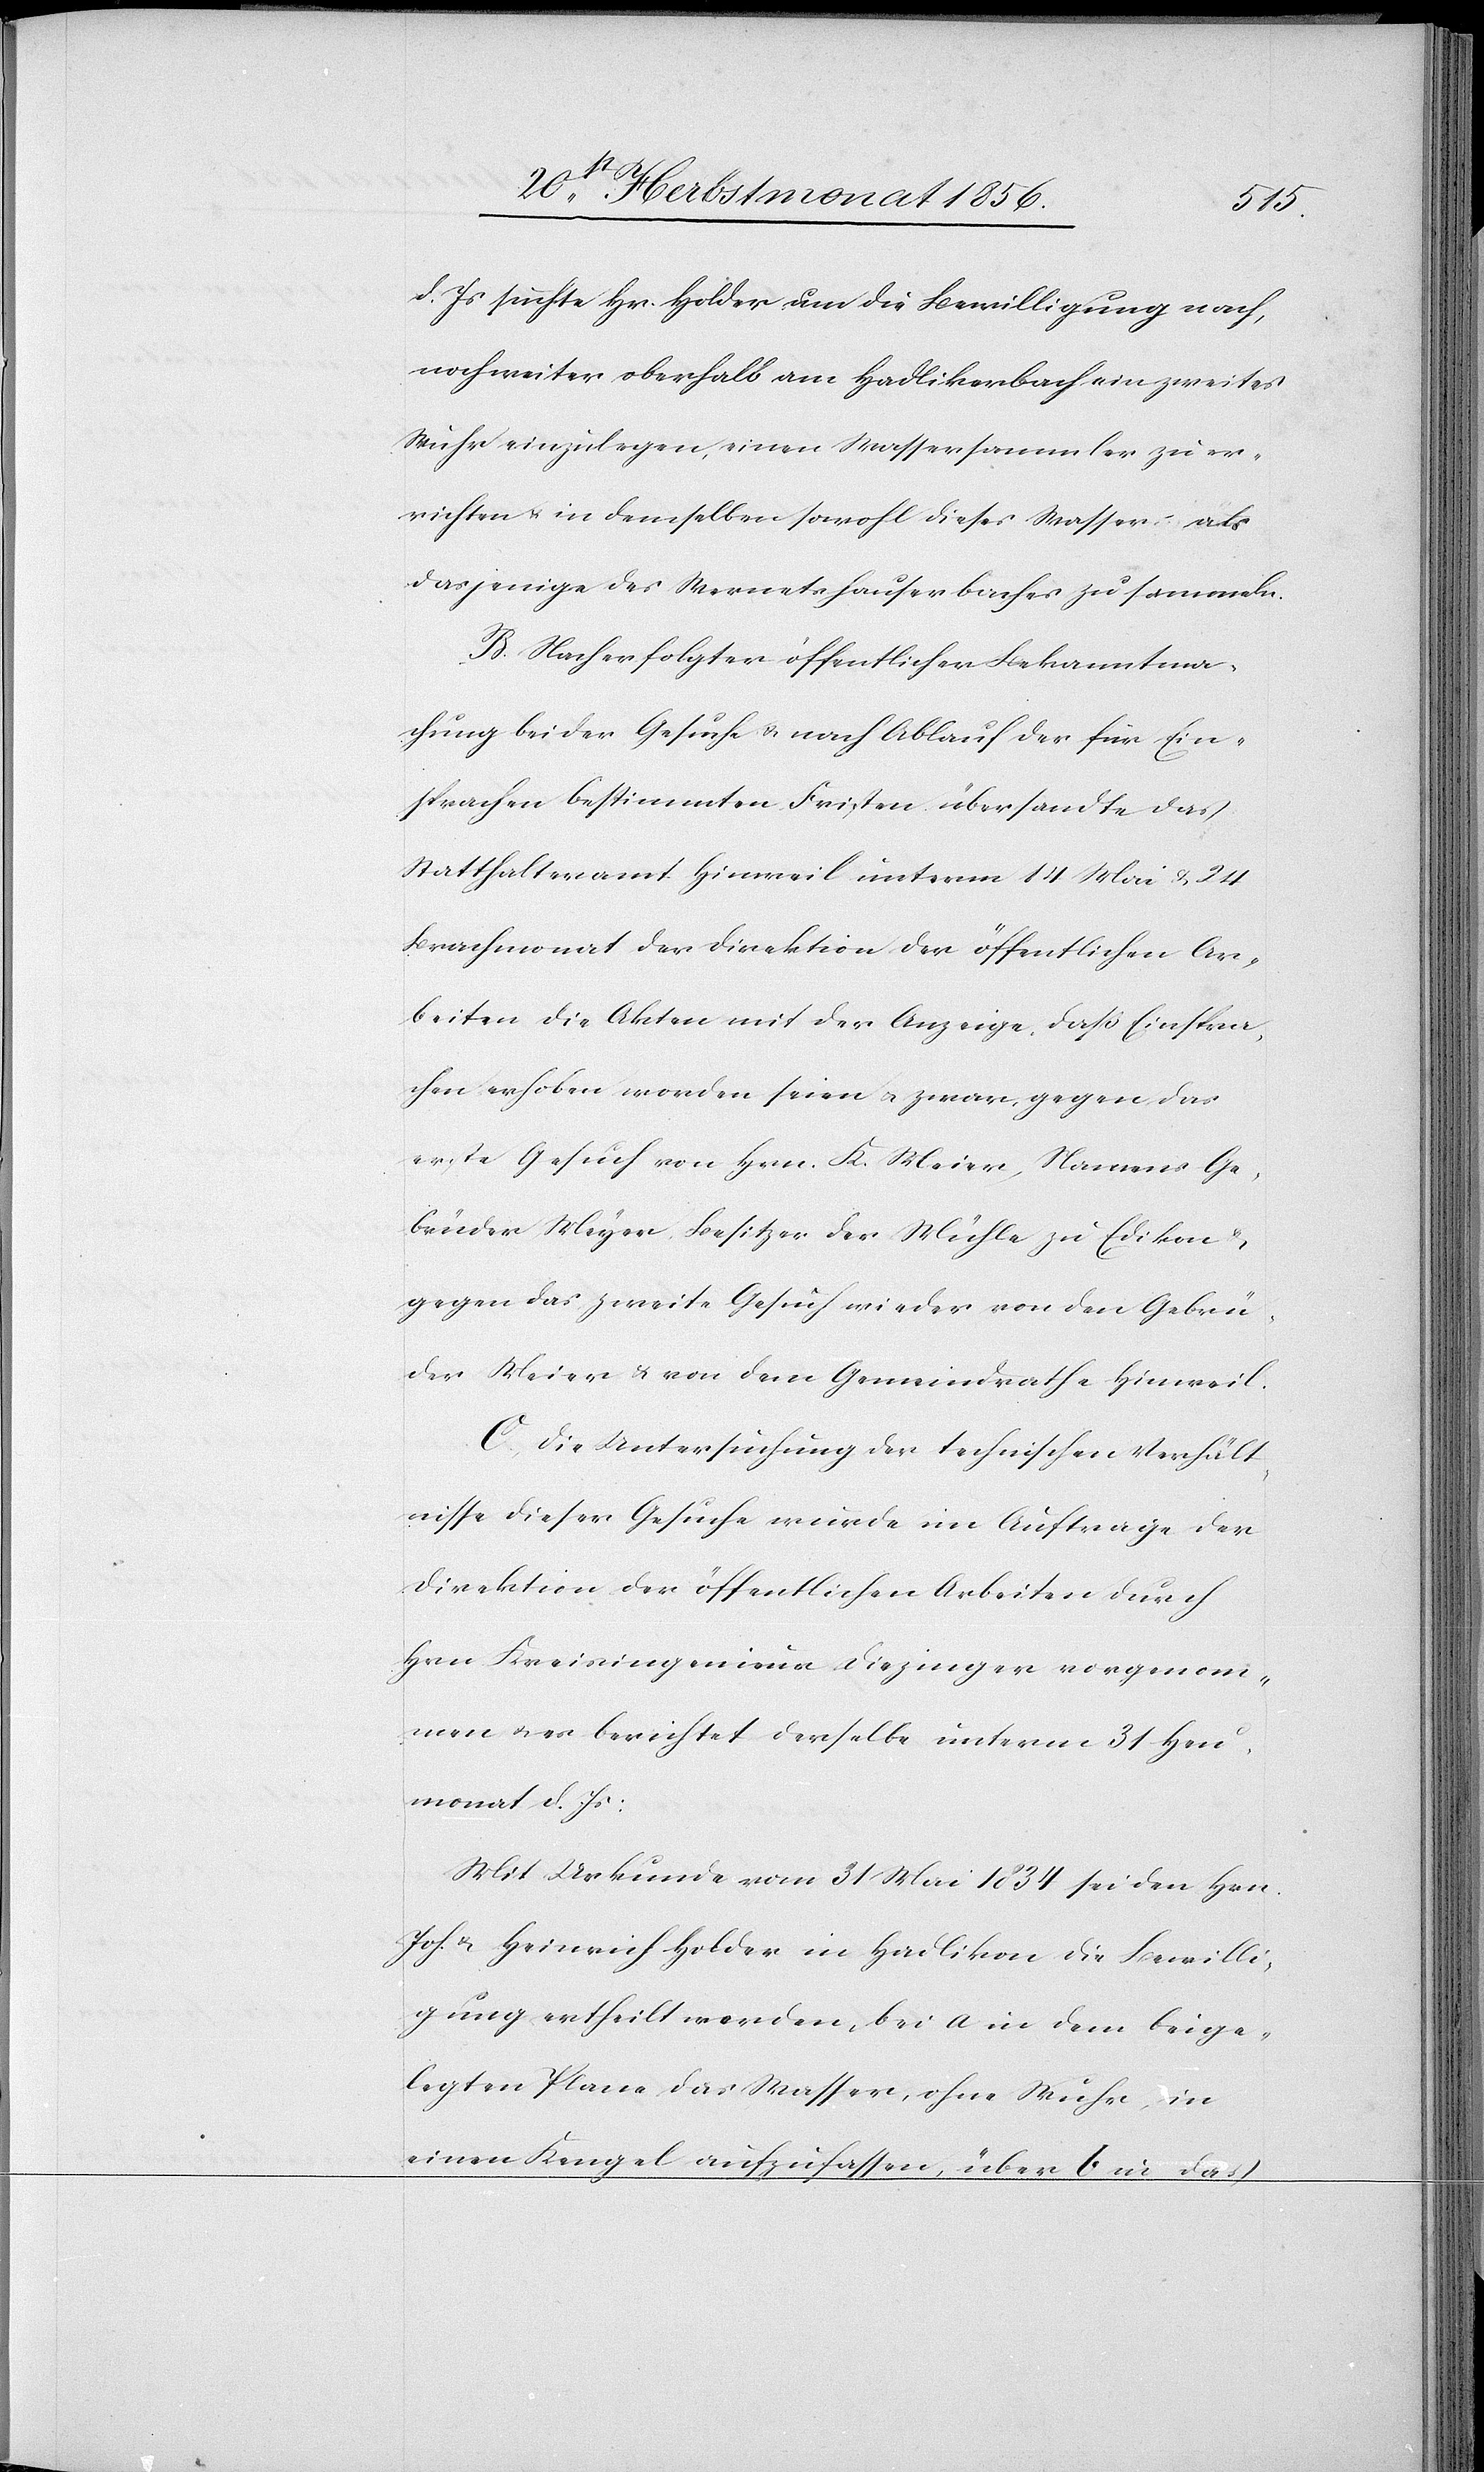
d. Js suchte Hr. Holder um die Bewilligung nach,
noch weiter oberhalb am Hadlikerbach ein zweites
Wuhr einzulegen, einen Wassersammler zu er¬
richten u. in demselben sowohl dieses Wasser als
dasjenige des Wernetshauser Baches zu sammeln.
B.) Nach erfolgter öffentlicher Bekanntma¬
chung beider Gesuche u. nach Ablauf der für Ein¬
sprachen bestimmten Fristen übersandte das
Statthalteramt Hinweil unterm 14 Mai & 24
Brachmonat der Direktion der öffentlichen Ar¬
beiten die Akten mit der Anzeige, daß Einspra¬
chen erhoben worden seien u. zwar gegen das
erste Gesuch von Hrn. K. Meier, Namens Ge¬
brüder Meyer, Besitzer der Mühle zu Edikon &
gegen das zweite Gesuch wieder von den Gebrü¬
der Meier [sic!] & von dem Gemeindrathe Hinweil.
C.) Die Untersuchung der technischen Verhält¬
nisse dieser Gesuche wurde im Auftrage der
Direktion der öffentlichen Arbeiten durch
Hrn Kreisingenieur Diezinger vorgenom¬
men u. es berichtet derselbe unterm 31 Heu¬
monat d. Js:
Mit Urkunde vom 31 Mai 1834 sei den Hrn.
Joh. & Heinrich Holder in Hadlikon die Bewilli¬
gung ertheilt worden, bei a in dem beige¬
legten Plane das Wasser, ohne Wuhr, in
einen Kengel aufzufassen, über b in das